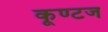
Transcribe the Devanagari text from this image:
कूण्टज